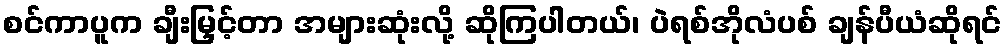
စင်ကာပူက ချီးမြှင့်တာ အများဆုံးလို့ ဆိုကြပါတယ်၊ ပဲရစ်အိုလံပစ် ချန်ပီယံဆိုရင်